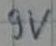
Text: 9V